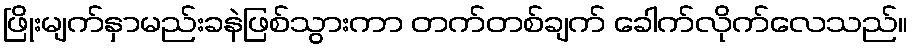
ဖြိုးမျက်နှာမည်းခနဲဖြစ်သွားကာ တက်တစ်ချက် ခေါက်လိုက်လေသည်။